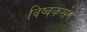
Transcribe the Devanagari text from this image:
विष्वकसेन